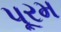
પૂરમ